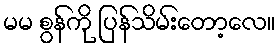
မမ စွန်ကို ပြန်သိမ်းတော့လေ။